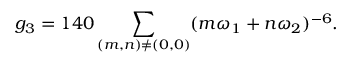
g _ { 3 } = 1 4 0 \sum _ { ( m , n ) \neq ( 0 , 0 ) } ( m \omega _ { 1 } + n \omega _ { 2 } ) ^ { - 6 } .